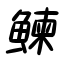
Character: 鰊